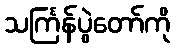
သင်္ကြန်ပွဲတော်ကို